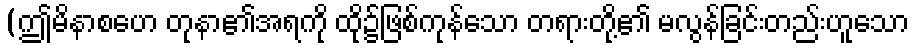
(ဤမိနာစဟေ တုနာ၏အရကို ထို၌ဖြစ်ကုန်သော တရားတို့၏ မလွန်ခြင်းတည်းဟူသော